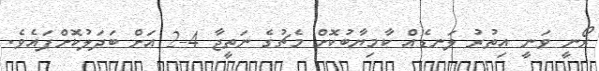
ރޯނީ ވަނީ އިތުރު ލަނޑެއް ކާމިޔާބުކޮށް މެޗުގެ ނަތީޖާ 4-2 އަށް ބަދަލުކޮށްފައެވެ.